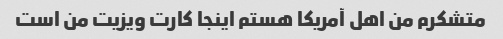
متشکرم من اهل آمریکا هستم اینجا کارت ویزیت من است